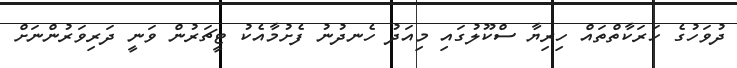
ދުވަހުގެ ހަރަކާތްތައް ހިރިޔާ ސްކޫލުގައި މިއަދު ހެނދުނު ފެށުމާއެކު ޓީޗަރުން ވަނީ ދަރިވަރުންނަށް